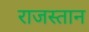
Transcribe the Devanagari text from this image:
राजस्तान